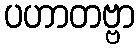
ပဟာတဗ္ဗာ